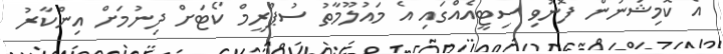
އެ ކޮމިޝަނުން ފޮނުވި ސިޓީއެއްގައި އެ މައުލޫމާތު ސުޕްރީމް ކޯޓަށް ދިނުމަށް އިންކާރު